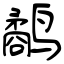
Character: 鹬